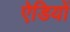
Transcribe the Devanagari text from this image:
ऐडियों